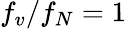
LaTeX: f_{v}/f_{N}=1